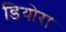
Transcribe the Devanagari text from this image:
डियोरा